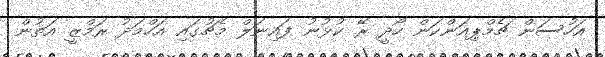
އަހުސަން ޗެމްޕިއަންކަން ހޯދީ ރޭ ކުޅުނު ފައިނަލް މެޗުގައި އަހްމަދު ރަމްޒީ އަތުން